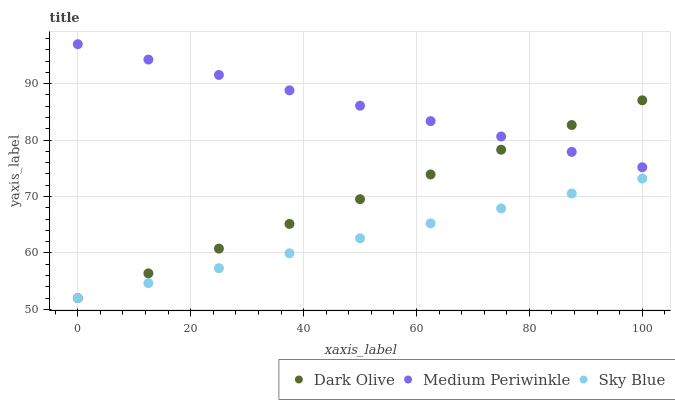
| xaxis_label | Dark Olive | Medium Periwinkle | Sky Blue |
 | --- | --- | --- | --- |
 | 0 | 52 | 97 | 52 |
 | 12.5 | 56.4 | 94.3 | 54.6 |
 | 25 | 60.8 | 91.5 | 57.3 |
 | 37.5 | 65.1 | 88.8 | 59.9 |
 | 50 | 69.5 | 86.1 | 62.6 |
 | 62.5 | 73.9 | 83.4 | 65.2 |
 | 75 | 78.3 | 80.6 | 67.9 |
 | 87.5 | 82.7 | 77.9 | 70.5 |
 | 100 | 87.1 | 75.2 | 73.2 |